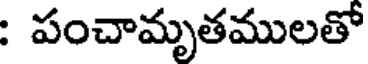
: పంచామృతములతో